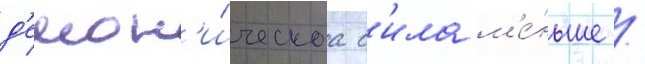
д'емон'и́ческаа с'ила м'е́ньше /